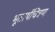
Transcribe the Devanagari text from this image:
भूतार्थचित्रण